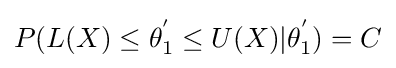
P(L(X)\leq \theta _{1}^{'}\leq U(X)|\theta _{1}^{'})=C